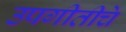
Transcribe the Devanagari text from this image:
उपगीतीचे